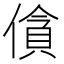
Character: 僋